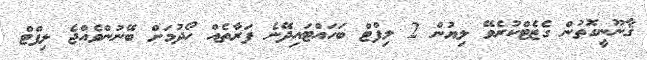
ޤާނޫނީގޮތުން ގެޒެޓްކުރެވޭ ލިޔުން 2 ލިފްޓް ބަހައްޓައިދޭނެ ފަރާތެއް ހޯދުމަށް ބޭނުންވެއްޖެ ލިފްޓް